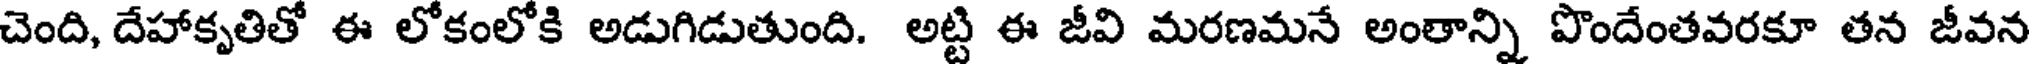
చెంది, దేహాకృతితో ఈ లోకంలోకి అడుగిడుతుంది. అట్టి ఈ జీవి మరణమనే అంతాన్ని పొందేంతవరకూ తన జీవన